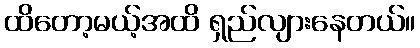
ထိတော့မယ့်အထိ ရှည်လျားနေတယ်။